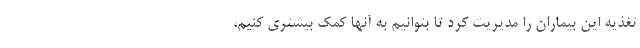
تغذیه این بیماران را مدیریت کرد تا بتوانیم به آنها کمک بیشتری کنیم،